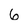
Character: 6